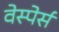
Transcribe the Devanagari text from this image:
वेस्पेर्स